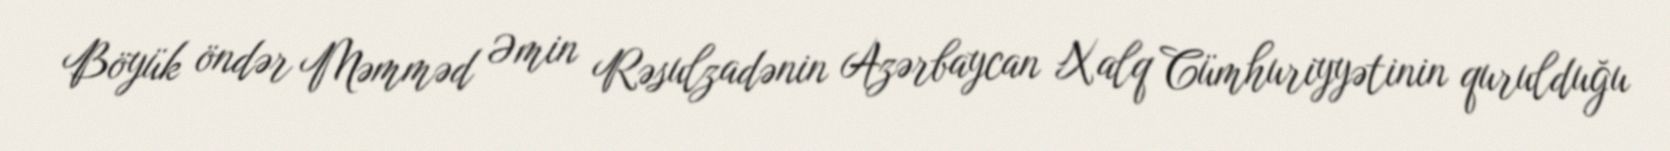
Böyük öndər Məmməd Əmin Rəsulzadənin Azərbaycan Xalq Cümhuriyyətinin qurulduğu